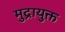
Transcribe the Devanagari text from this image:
मुद्रायुक्त